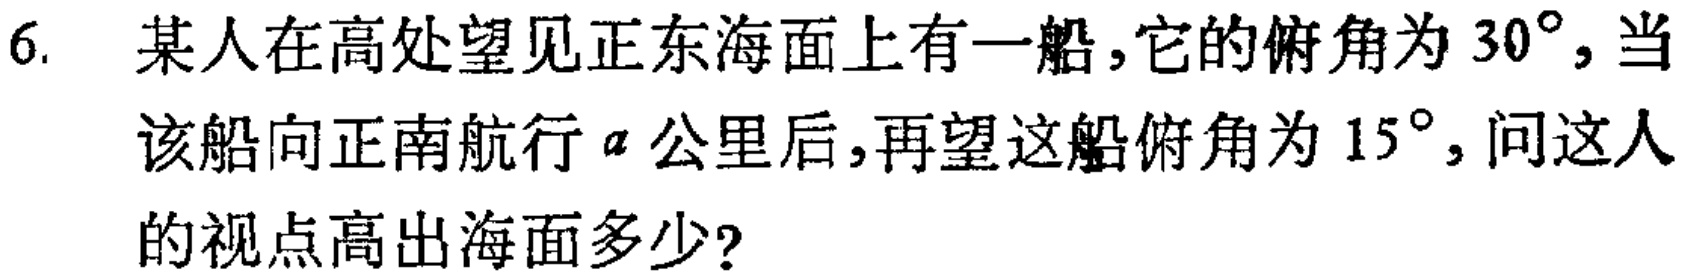
6. 某人在高处望见正东海面上有一船，它的俯角为\(30^{\circ}\)，当该船向正南航行\(a\)公里后，再望这船俯角为\(15^{\circ}\)，问这人的视点高出海面多少？